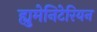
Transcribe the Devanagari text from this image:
ह्युमेनिटेरियन